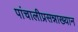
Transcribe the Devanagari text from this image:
पांचालीप्रसन्नाख्यान